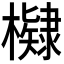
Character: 𭬠